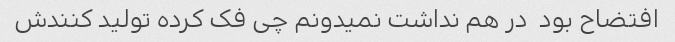
افتضاح بود  در هم نداشت نمیدونم چی فک کرده تولید کنندش